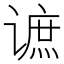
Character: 𲂔